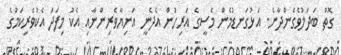
ގޮތް ބަދަލުވެގެންދާނެ. އަޅުގަނޑުމެން މެސީގެ އަރިހުން އެދެނީ އަނިޔާވެރިންނާއި އެކު މިފަދަ އެކުވެރިކަމުގެ